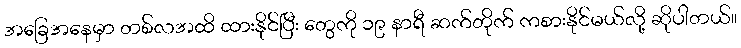
အခြေအနေမှာ တစ်လအထိ ထားနိုင်ပြီး တွေကို ၁၉ နာရီ ဆက်တိုက် ကစားနိုင်မယ်လို့ ဆိုပါတယ်။